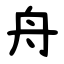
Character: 舟